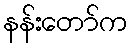
နန်းတော်က